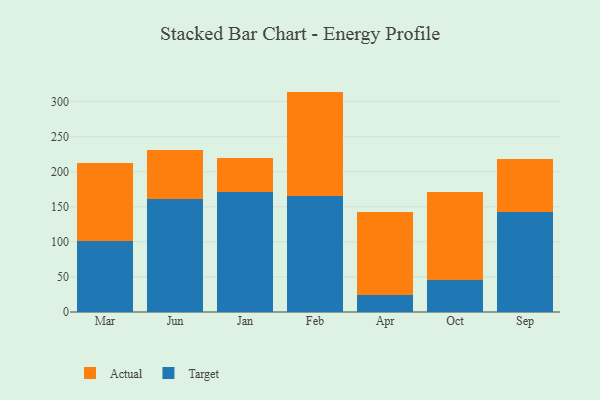
{"axis": {"x": "Month", "y": "Operating Costs (USD K)"}, "legend": ["Actual", "Target"], "data": [{"x": "Mar", "y": 101.7, "type": "Target"}, {"x": "Mar", "y": 110.4, "type": "Actual"}, {"x": "Jun", "y": 161.5, "type": "Target"}, {"x": "Jun", "y": 69.6, "type": "Actual"}, {"x": "Jan", "y": 171.4, "type": "Target"}, {"x": "Jan", "y": 48.0, "type": "Actual"}, {"x": "Feb", "y": 165.4, "type": "Target"}, {"x": "Feb", "y": 148.8, "type": "Actual"}, {"x": "Apr", "y": 23.9, "type": "Target"}, {"x": "Apr", "y": 118.9, "type": "Actual"}, {"x": "Oct", "y": 46.1, "type": "Target"}, {"x": "Oct", "y": 124.9, "type": "Actual"}, {"x": "Sep", "y": 143.0, "type": "Target"}, {"x": "Sep", "y": 75.1, "type": "Actual"}]}